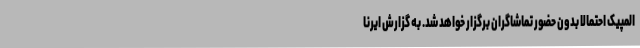
المپیک احتمالا بدون حضور تماشاگران برگزار خواهد شد. به گزارش ایرنا